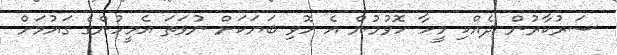
ސަރުކާރުން ދެއްކި މީހާ ހޮވުމުން އެ ހޮވި ބަޔަކަށް ނުވަތަ އެމީހުންގެ ގައުމަށް